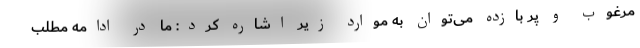
مرغوب و پر بازده می‌توان به موارد زیر اشاره کرد: ما در ادامه مطلب